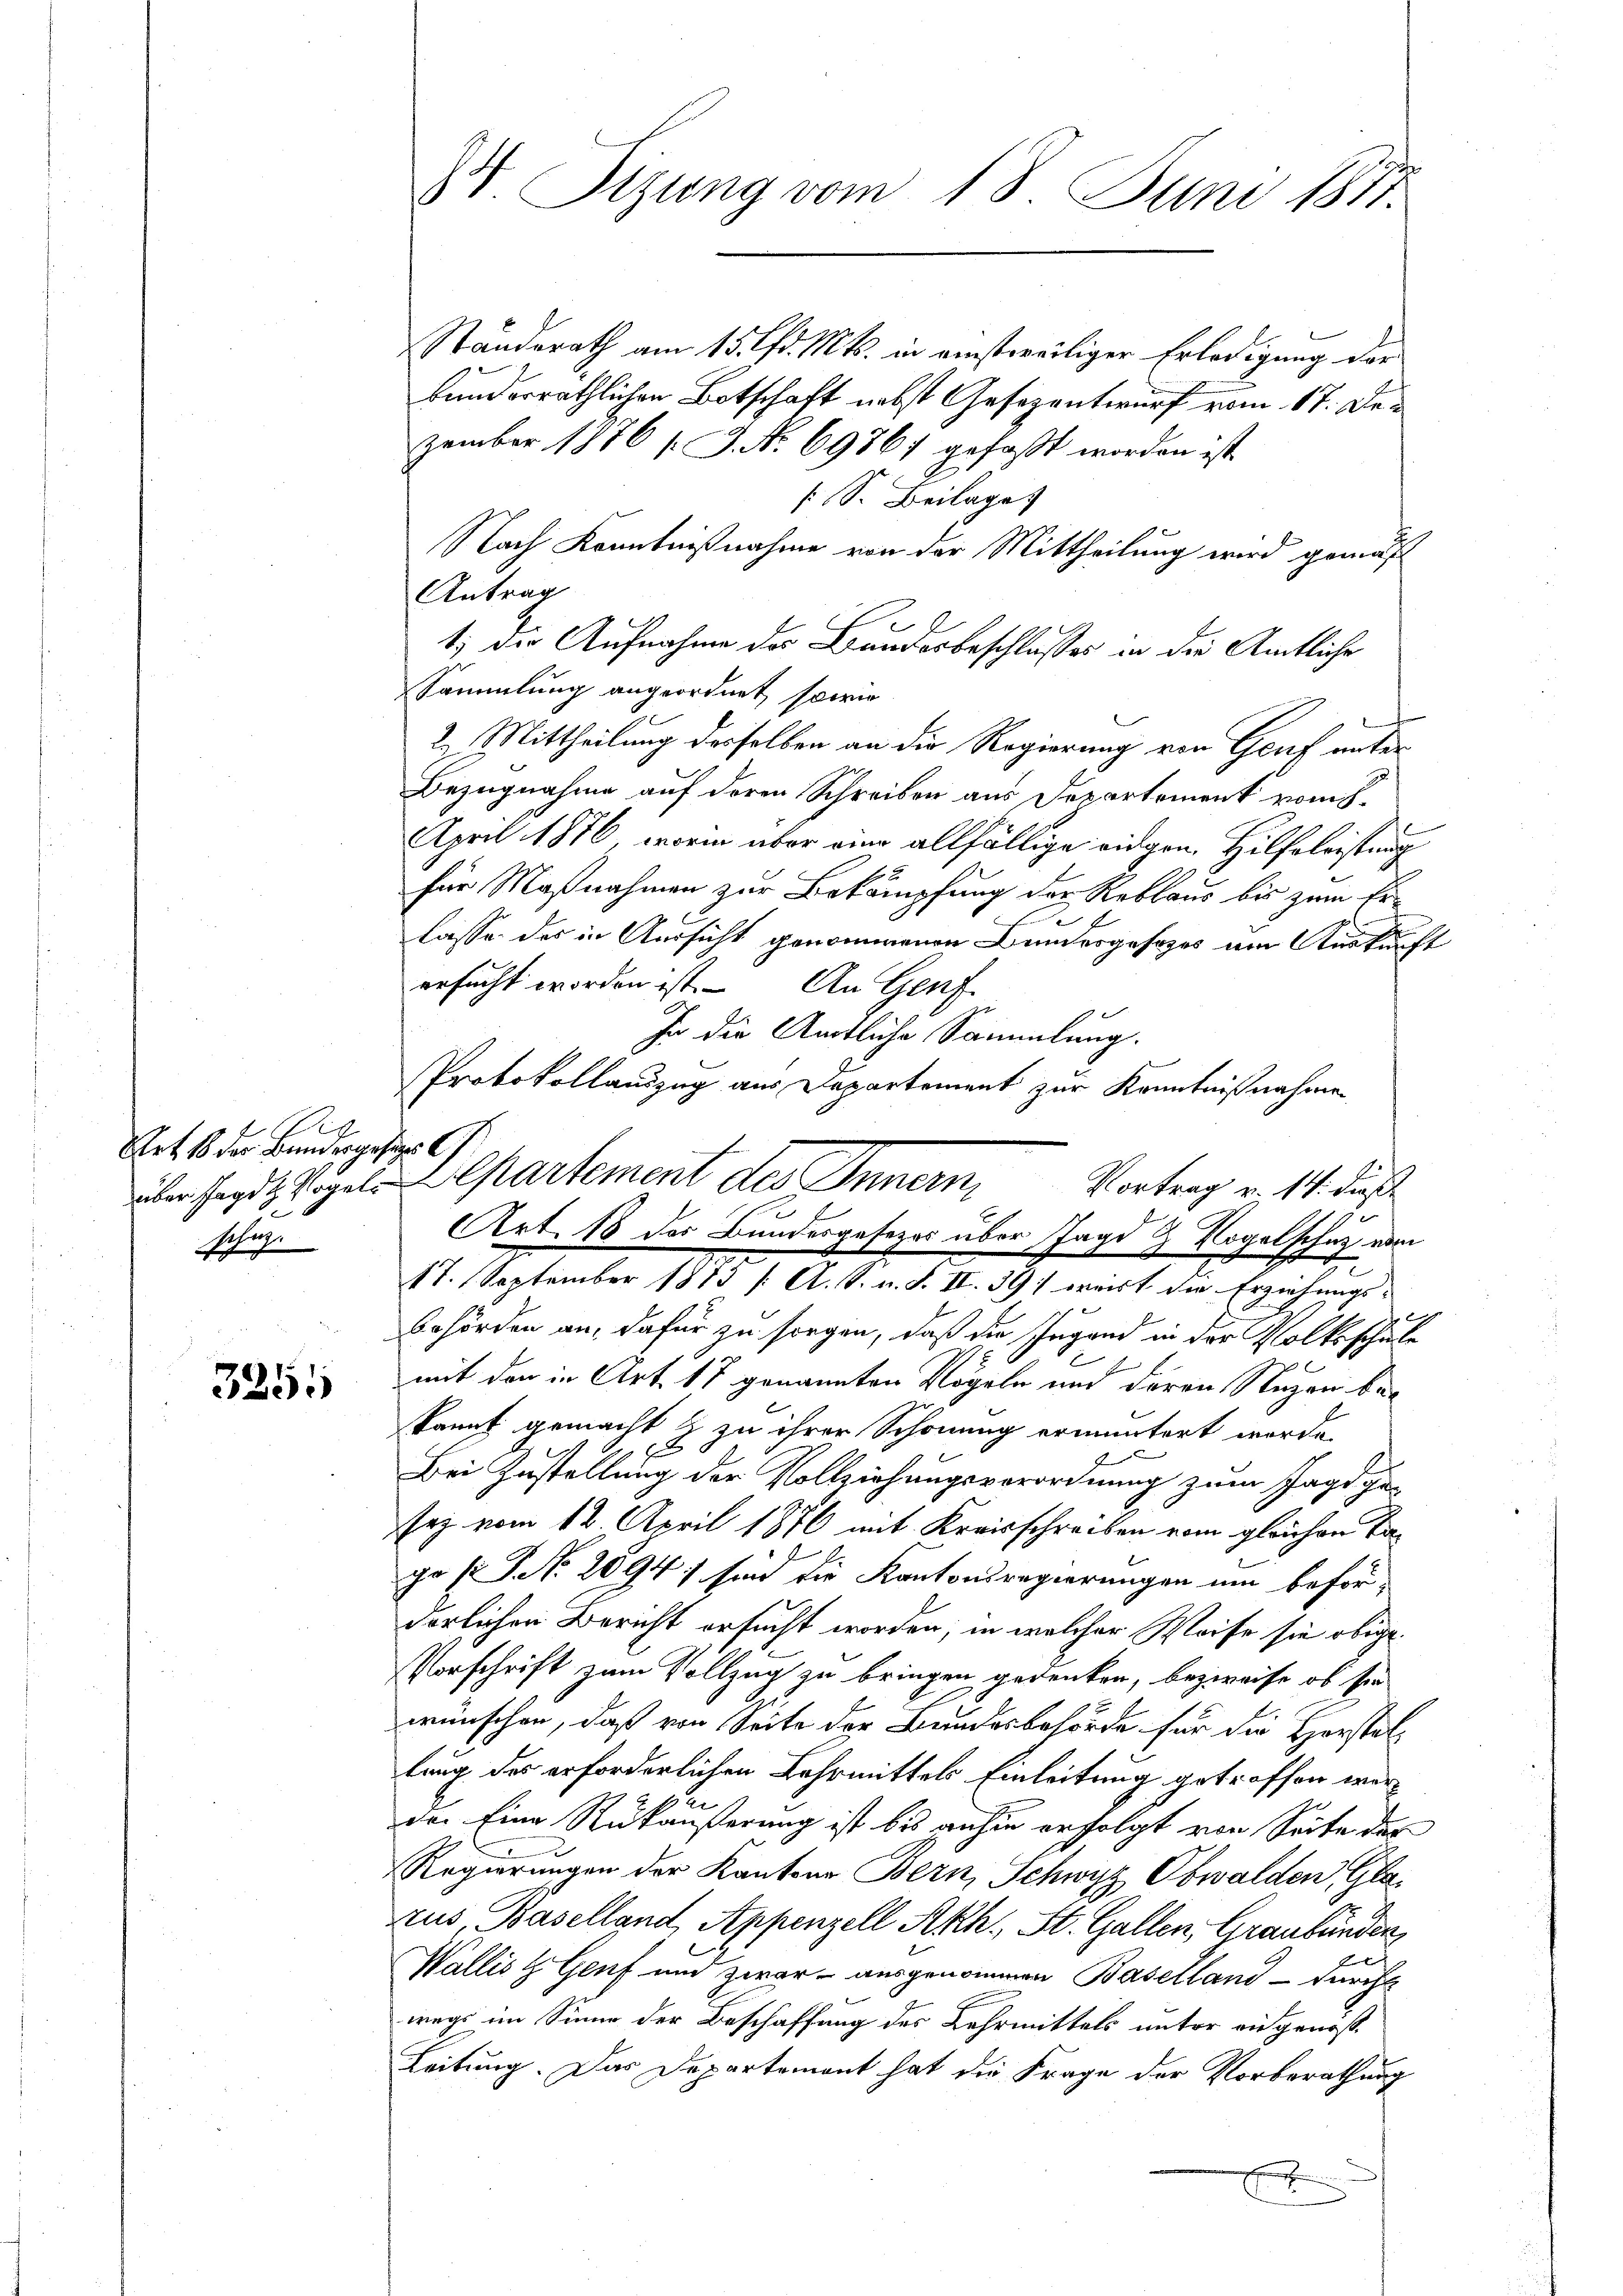
2
Art. 18 der Bundergesages C
Schr

3255

IV. Sitzung vom 18. Juni 1877.

Standsrath am 15. lfd. Mts. in einstweiliger Erledigung der
bunderräthlichen Botschaft nebst Gesezentwurf vom 17. Dezember 1876 [J. No. 69867 gefaßt worden ist
 S. Beilage
Nach Kenntnißnahme von der Mittheilung wird gemäß
Antrag
1) Die Aufnahme des Bundesbeschlusses in der Amtliche
SSammlung angeordnet, sowie
2. Mittheilung desselben an die Regierung von Genf unter
Bezugnahme auf deren Schreiben aus Departement vom h.
April 1876, worin über eine allfällige eidgen. Hilfeleistung
für Maßnahmen zur Bekämpfung der Reblaus bis zum Er

f
lasse des in Aussicht genommenen Bundesgesezes am Auskunft
ersucht worden ist. An Genf
In die Amtliche Sammlung.
Protokollauszug aus Departement zur Kenntnißnahmen
über sagte Vogel-Alpartement des Innern
e
17. September 1813 /A. S. n. F. II. 39; weist die Erziehungs-
behörden an, dafür zu sorgen, daß die Jugend in der Volksschule
mit den in Art. 17 genannten Vögeln und deren Regen bekannt gemacht & zu ihrer Schonung ermuntert werde.
z
Bei Zustellung der Vollziehungsverordnung zum Jagd gesez vom 12. April 1876 mit Kreisschreiben vom gleichen Tajo [ P. Nr. 2094; sind die Kantonsregierungen um befördörlichen Bericht ersucht worden; in welcher Weise sie obige
Vorschrift zum Vollzug zu bringen gedenken, bezweife, ob sie
wünschen, daß von Seite der Bundesbehörde für die Horstellung des erforderlichen Lehrmittels Einleitung getroffen wern
der Eine Rükäußerung ist bis anhin erfolgt von Seite des
Regierungen der Kantons Bern, Schwyz, Obwalden, Glaaus Baselland, Appenzell Akh. St. Gallen, Graubünden,
Wallis & Genf und zwar ausgenommen Baselland - durch
wegs im Sinne der Beschaffung des Lehrmittels unter eidgenoß¬
Leitung. Das Departement hat die Frage der Vorberathung
x

Vortrag v. 14. dieß
Art. 18 des Bundesgesezes über Jagd & Vogelschutz vom